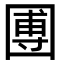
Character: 圑